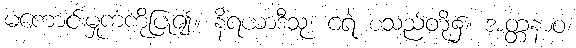
မကောင်းမှုကံကိုပြု၍။ နိရယာဒီသု၊ ငရဲ စသည်တို့၌။ အတ္တနာဝ၊